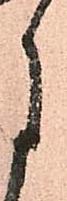
月